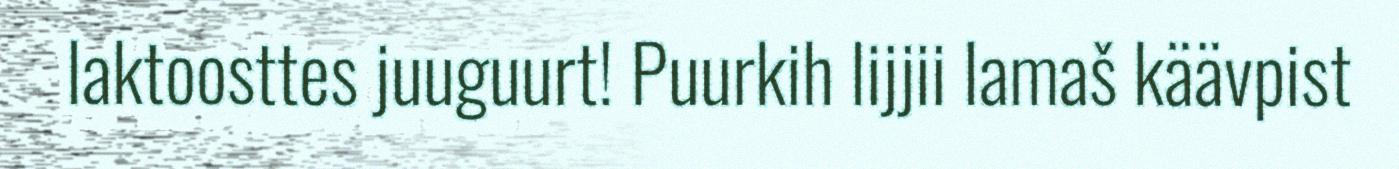
laktoosttes juuguurt! Puurkih lijjii lamaš käävpist